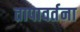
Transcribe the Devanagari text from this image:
तापावर्तना